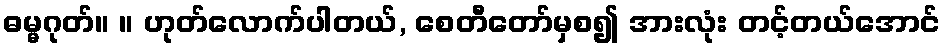
ဓမ္မဂုတ်။ ။ ဟုတ်လောက်ပါတယ်, စေတီတော်မှစ၍ အားလုံး တင့်တယ်အောင်